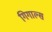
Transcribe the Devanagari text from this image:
गिगाल्स